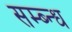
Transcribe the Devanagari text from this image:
सम्ब्न्ध